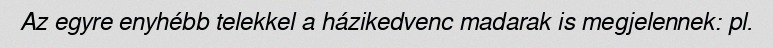
Az egyre enyhébb telekkel a házikedvenc madarak is megjelennek: pl.